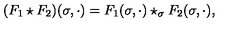
( F _ { 1 } \star F _ { 2 } ) ( \sigma , \cdot ) = F _ { 1 } ( \sigma , \cdot ) \star _ { \sigma } F _ { 2 } ( \sigma , \cdot ) ,